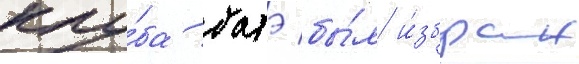
клу́ба батэ бы́л и́збран